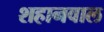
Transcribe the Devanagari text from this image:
शहानवाल